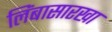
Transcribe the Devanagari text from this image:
लिंबासारखा